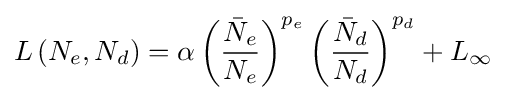
L\left(N_{e},N_{d}\right)=\alpha \left({\frac {{\bar {N}}_{e}}{N_{e}}}\right)^{p_{e}}\left({\frac {{\bar {N}}_{d}}{N_{d}}}\right)^{p_{d}}+L_{\infty }